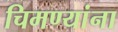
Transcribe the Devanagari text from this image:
चिमण्यांना